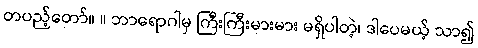
တပည့်တော်။ ။ ဘာရောဂါမှ ကြီးကြီးမားမား မရှိပါတဲ့၊ ဒါပေမယ့် သာ၍